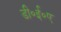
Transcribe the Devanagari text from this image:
डी॰ई॰ए